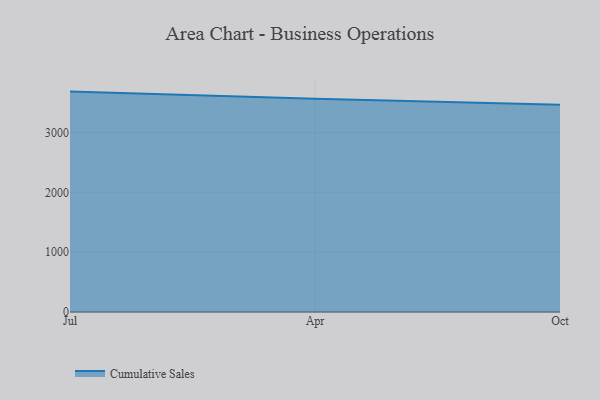
{"axis": {"x": "Month", "y": "Production Output"}, "legend": ["Cumulative Sales"], "data": [{"x": "Jul", "y": 3683.9, "type": "Cumulative Sales"}, {"x": "Apr", "y": 3564.5, "type": "Cumulative Sales"}, {"x": "Oct", "y": 3463.4, "type": "Cumulative Sales"}]}